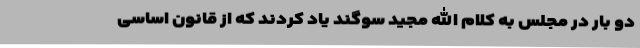
دو بار در مجلس به کلام الله مجید سوگند یاد کردند که از قانون اساسی